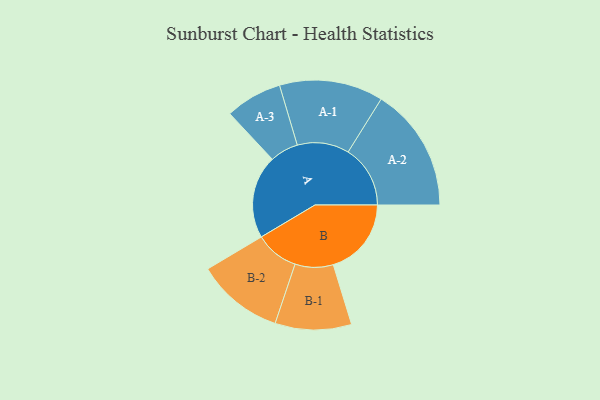
{"axis": {"x": "Segment", "y": "Value"}, "legend": ["", "A", "B"], "data": [{"x": "A", "y": 375, "type": ""}, {"x": "B", "y": 352, "type": ""}, {"x": "A-1", "y": 234, "type": "A"}, {"x": "A-2", "y": 280, "type": "A"}, {"x": "A-3", "y": 128, "type": "A"}, {"x": "B-1", "y": 172, "type": "B"}, {"x": "B-2", "y": 196, "type": "B"}]}